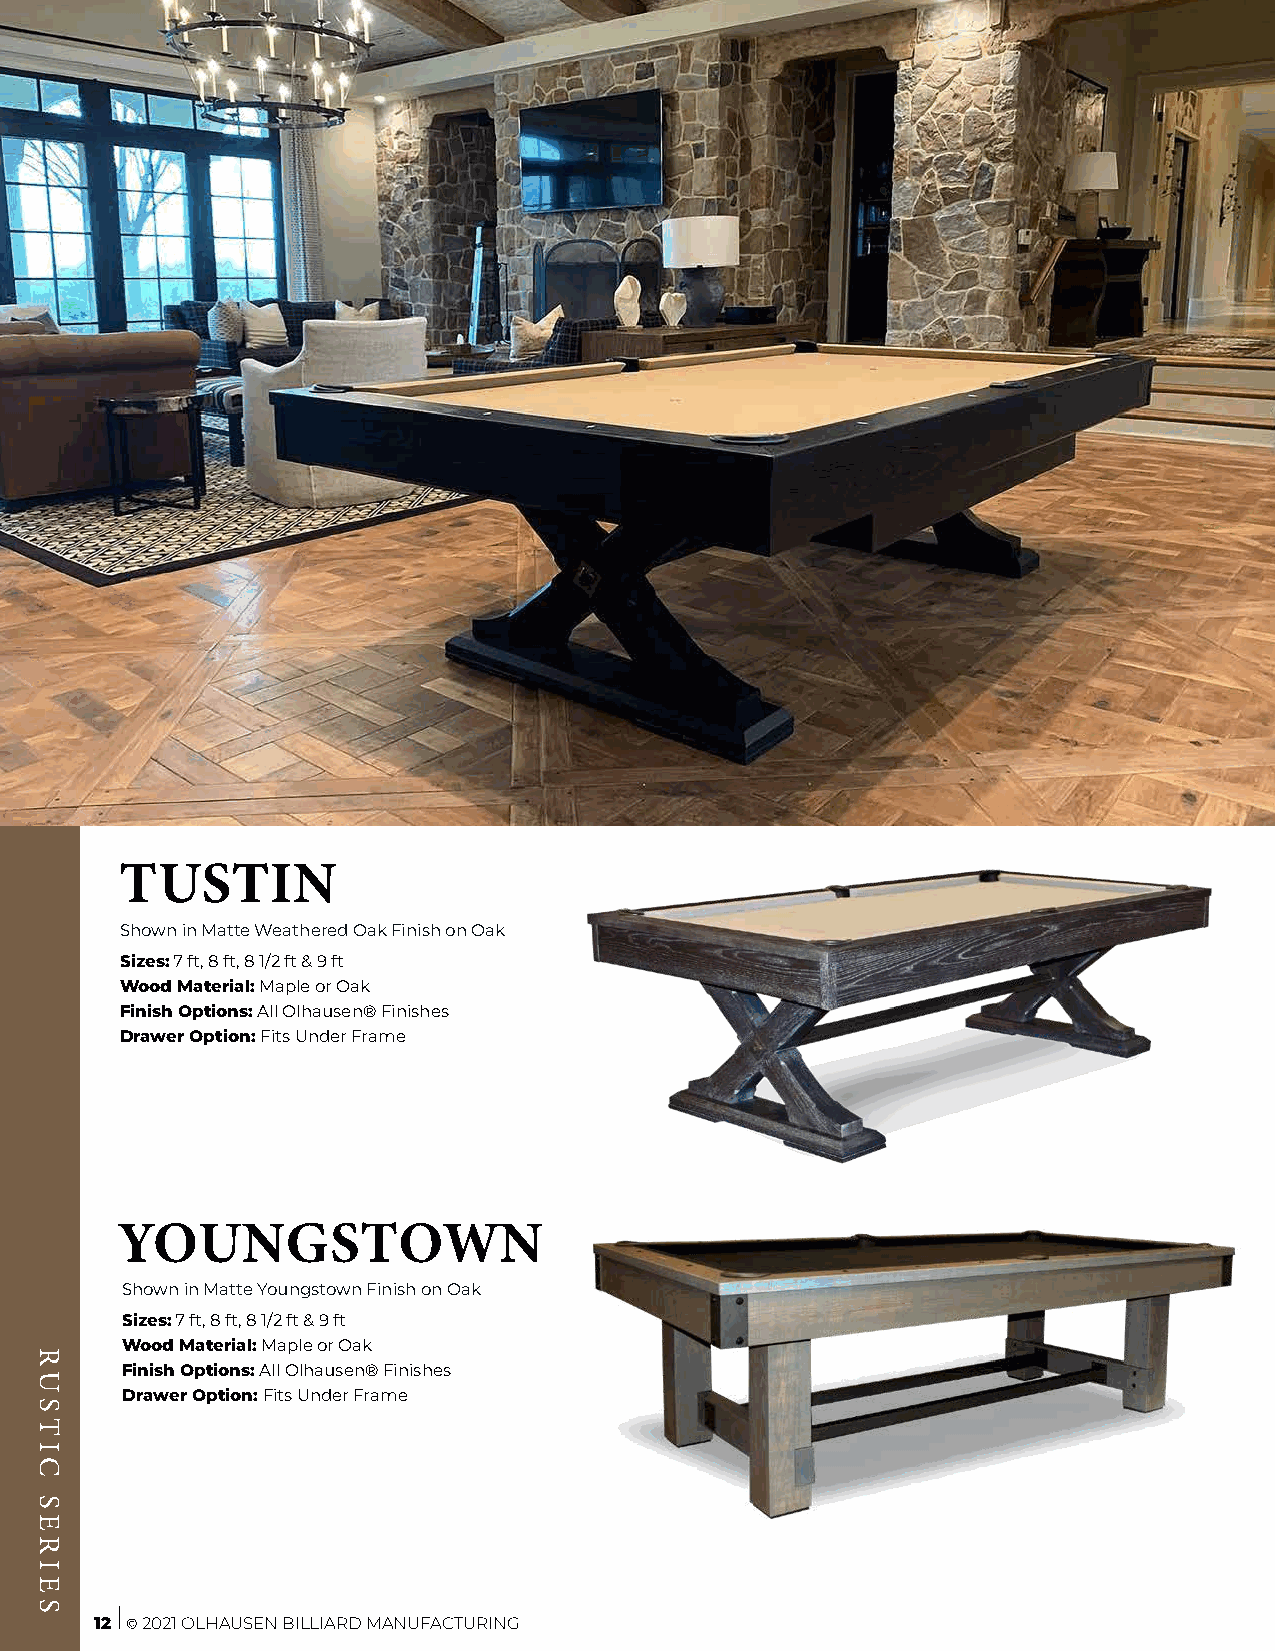
TUSTIN
 Shown in Matte Weathered Oak Finish on Oak
 Sizes: 7 ft, 8 ft, 8 1/2 ft & 9 ft
 Wood Material: Maple or Oak
 Finish Options: All Olhausen® Finishes
 Drawer Option: Fits Under Frame
 YOUNGSTOWN
 Shown in Matte Youngstown Finish on Oak
 Sizes: 7 ft, 8 ft, 8 1/2 ft & 9 ft
 Wood Material: Maple or Oak
 Finish Options: All Olhausen® Finishes
 Drawer Option: Fits Under Frame
 12 © 2021 OLHAUSEN BILLIARD MANUFACTURING
 RUSTIC
 SERIES